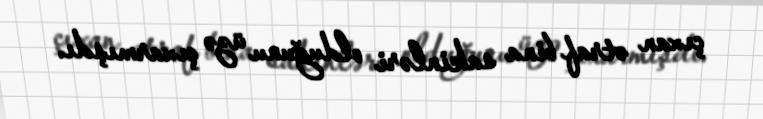
çıxan ətraf bina sakinləri olduğunu üzə çıxarmışdı.